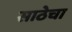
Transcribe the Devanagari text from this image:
साठेचा